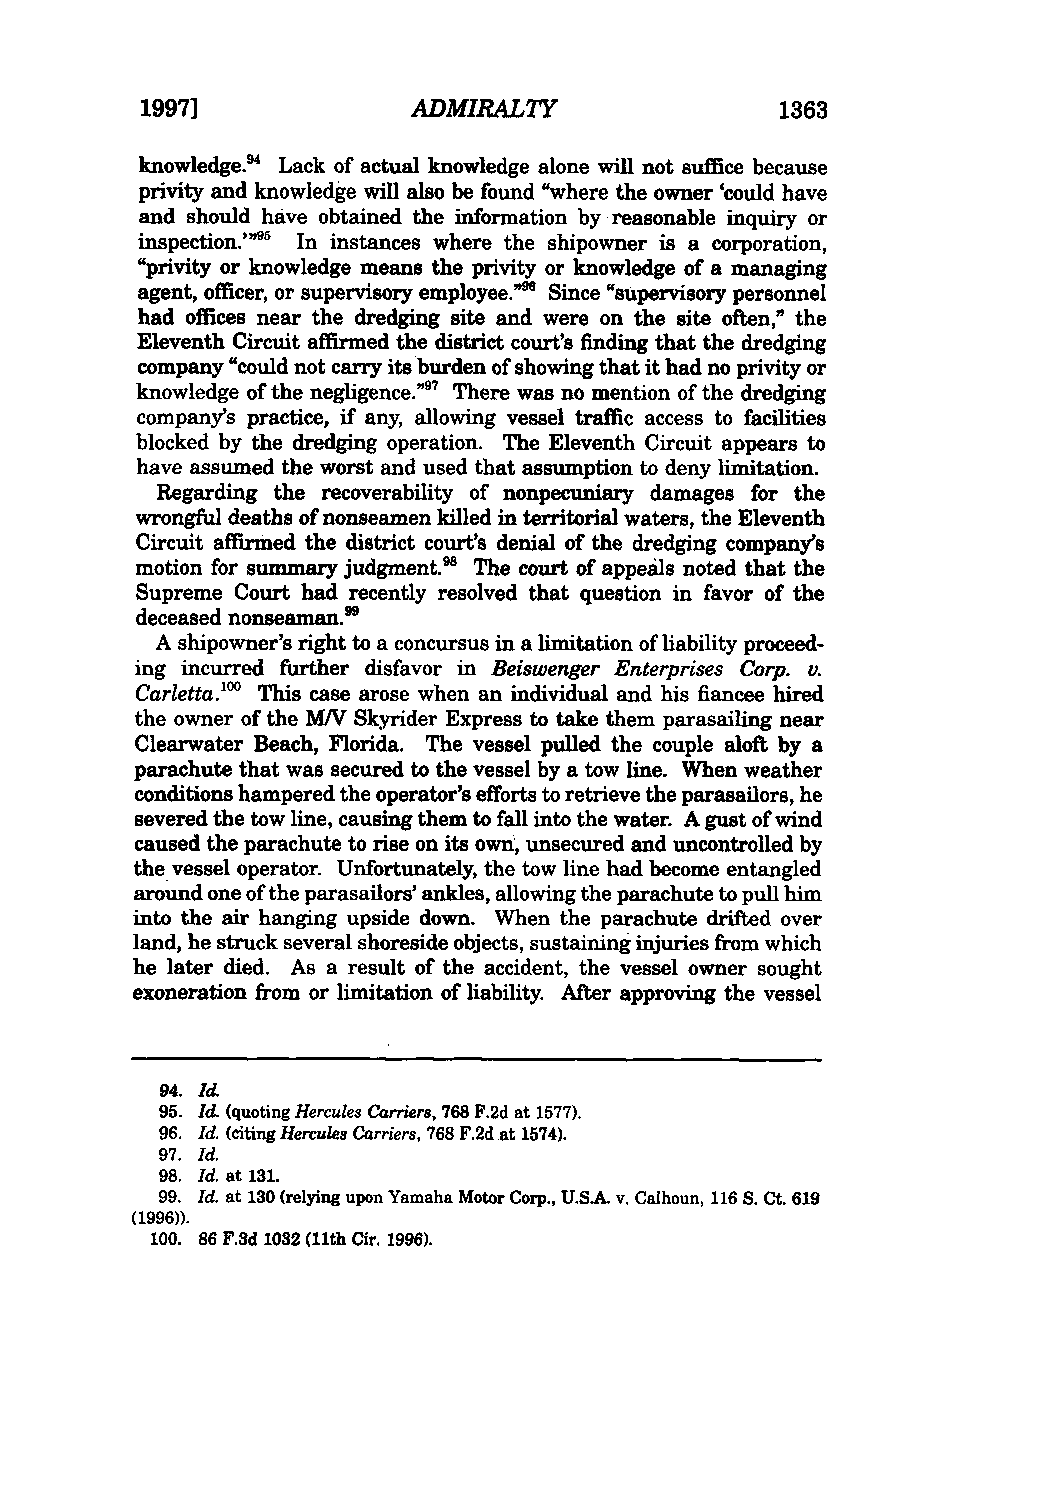
1997]             ADMIRALTY                1363
 knowledge.'4 Lack of actual knowledge alone will not suffice because
 privity and knowledge will also be found "where the owner 'could have
 and should have obtained the information by reasonable inquiry or
 inspection." 5 In instances where the shipowner is a corporation,
 "privity or knowledge means the privity or knowledge of a managing
 agent, officer, or supervisory employee.' Since "supervisory personnel
 had offices near the dredging site and were on the site often," the
 Eleventh Circuit affirmed the district court's finding that the dredging
 company "could not carry its burden of showing that it had no privity or
 knowledge of the negligence."7 There was no mention of the dredging
 company's practice, if any, allowing vessel traffic access to facilities
 blocked by the dredging operation. The Eleventh Circuit appears to
 have assumed the worst and used that assumption to deny limitation.
 Regarding the recoverability of nonpecuniary damages for the
 wrongful deaths of nonseamen killed in territorial waters, the Eleventh
 Circuit affirmed the district court's denial of the dredging company's
 motion for summary judgment."8 The court of appeals noted that the
 Supreme Court had recently resolved that question in favor of the
 deceased nonseaman.
 A shipowner's right to a concursus in a limitation of liability proceed-
 ing incurred further disfavor in Beiswenger Enterprises Corp. v.
 Carletta.'" This case arose when an individual and his fiancee hired
 the owner of the M/V Skyrider Express to take them parasailing near
 Clearwater Beach, Florida. The vessel pulled the couple aloft by a
 parachute that was secured to the vessel by a tow line. When weather
 conditions hampered the operator's efforts to retrieve the parasailors, he
 severed the tow line, causing them to fall into the water. A gust of wind
 caused the parachute to rise on its own, unsecured and uncontrolled by
 the vessel operator. Unfortunately, the tow line had become entangled
 around one of the parasailors' ankles, allowing the parachute to pull him
 into the air hanging upside down. When the parachute drifted over
 land, he struck several shoreside objects, sustaining injuries from which
 he later died. As a result of the accident, the vessel owner sought
 exoneration from or limitation of liability. After approving the vessel
 94. Id.
 95. Id. (quoting Hercules Carriers,7 68 F.2d at 1577).
 96. Id. (citing Hercules Carriers,7 68 F.2d at 1574).
 97. Id.
 98. Id. at 131.
 99. Id. at 130 (relying upon Yamaha Motor Corp., U.S.A. v. Calhoun, 116 S. Ct. 619
 (1996)).
 100. 86 F.3d 1032 (11th Cir. 1996).